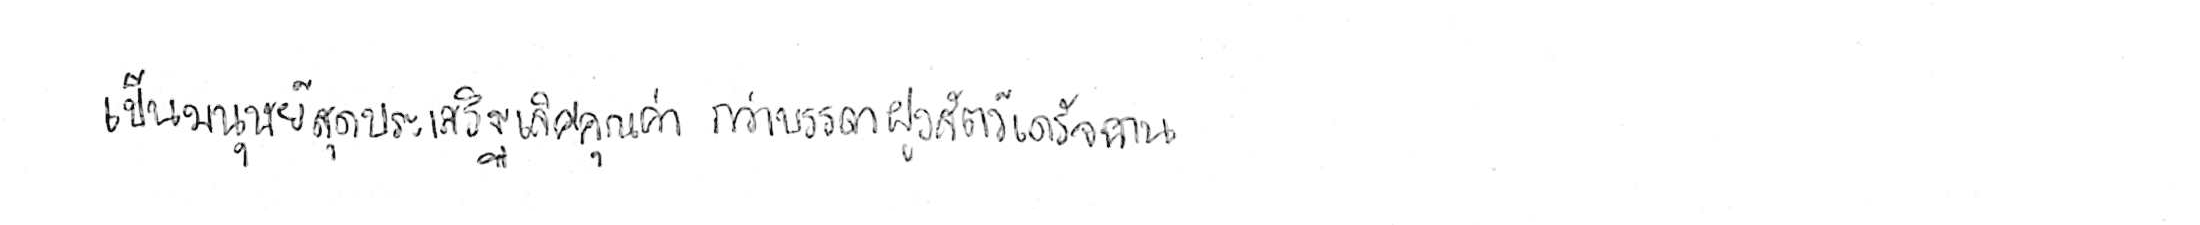
เป็นมนุษย์สุดประเสริฐเลิศคุณค่า กว่าบรรดาฝูงสัตว์เดรัจฉาน